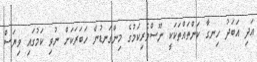
އަދި އަބަދު ހިނގާ ކަންތައްތަކަކީ ނޫސްވެރިކަމުގެ މިންގަނޑުން ހަބަރަކަށް ނުވި ކަމުގައި ވިޔަސް